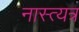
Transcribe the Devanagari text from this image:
नास्त्यत्र